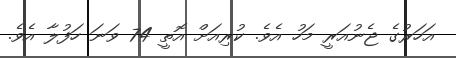
އަހަރުގެ ޖެނުއަރީ މަހު އެވެ. ކުރިއަށް އޮތީ 74 ވަނަ ހަފުލާ އެވެ.